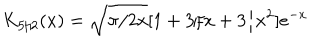
K _ { 5 / 2 } ( x ) = \sqrt { \pi / 2 x } [ 1 + 3 / x + 3 / x ^ { 2 } ] e ^ { - x }